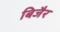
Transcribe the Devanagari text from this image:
बिजैर